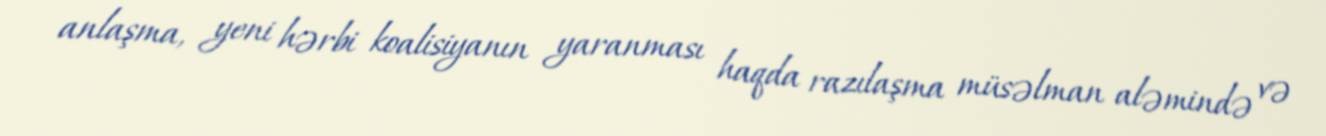
anlaşma, yeni hərbi koalisiyanın yaranması haqda razılaşma müsəlman aləmində və